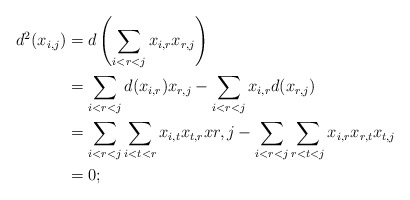
\begin{align*}d^2(x_{i,j}) &= d \left( \sum_{i<r<j} x_{i,r}x_{r,j} \right)\\ &= \sum_{i<r<j} d(x_{i,r})x_{r,j} - \sum_{i<r<j} x_{i,r}d(x_{r,j})\\ &= \sum_{i<r<j} \sum_{i<t<r} x_{i,t}x_{t,r}x{r,j} - \sum_{i<r<j} \sum_{r<t<j} x_{i,r}x_{r,t}x_{t,j}\\ &= 0;\end{align*}